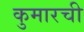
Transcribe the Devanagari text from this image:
कुमारची